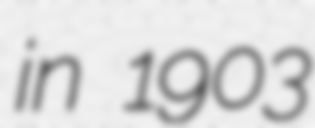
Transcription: in 1903